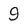
Character: 9